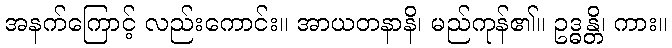
အနက်ကြောင့် လည်းကောင်း။ အာယတနာနိ၊ မည်ကုန်၏။ ဥဒ္ဓန္တိ၊ ကား။